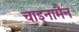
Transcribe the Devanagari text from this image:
चाइनामैन